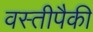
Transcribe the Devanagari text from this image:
वस्तीपैकी